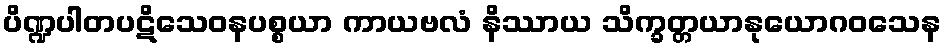
ပိဏ္ဍပါတပဋိသေဝနပစ္စယာ ကာယဗလံ နိဿာယ သိက္ခတ္တယာနုယောဂဝသေန